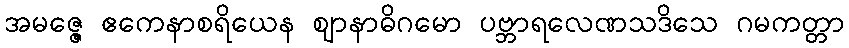
အမဇ္ဇေ ဧကေနာစရိယေန ဈာနာဓိဂမော ပဗ္ဘာရလေဏသဒိသေ ဂမကတ္တာ